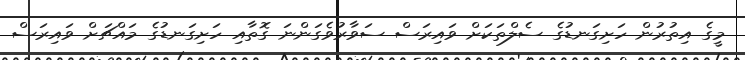
މީގެ އިތުރުން ހަށިގަނޑުގެ ސެލްތަކަށް ވައިރަސް ސަވާރުވެގަންނަ ގޮތާއި ހަށިގަނޑުގެ މައްޗަށް ވައިރަސް